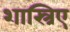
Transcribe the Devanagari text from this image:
शास्त्रिए